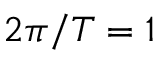
2 \pi / T = 1